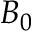
B _ { 0 }